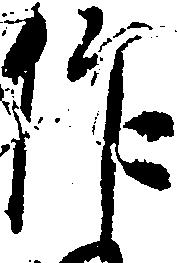
作